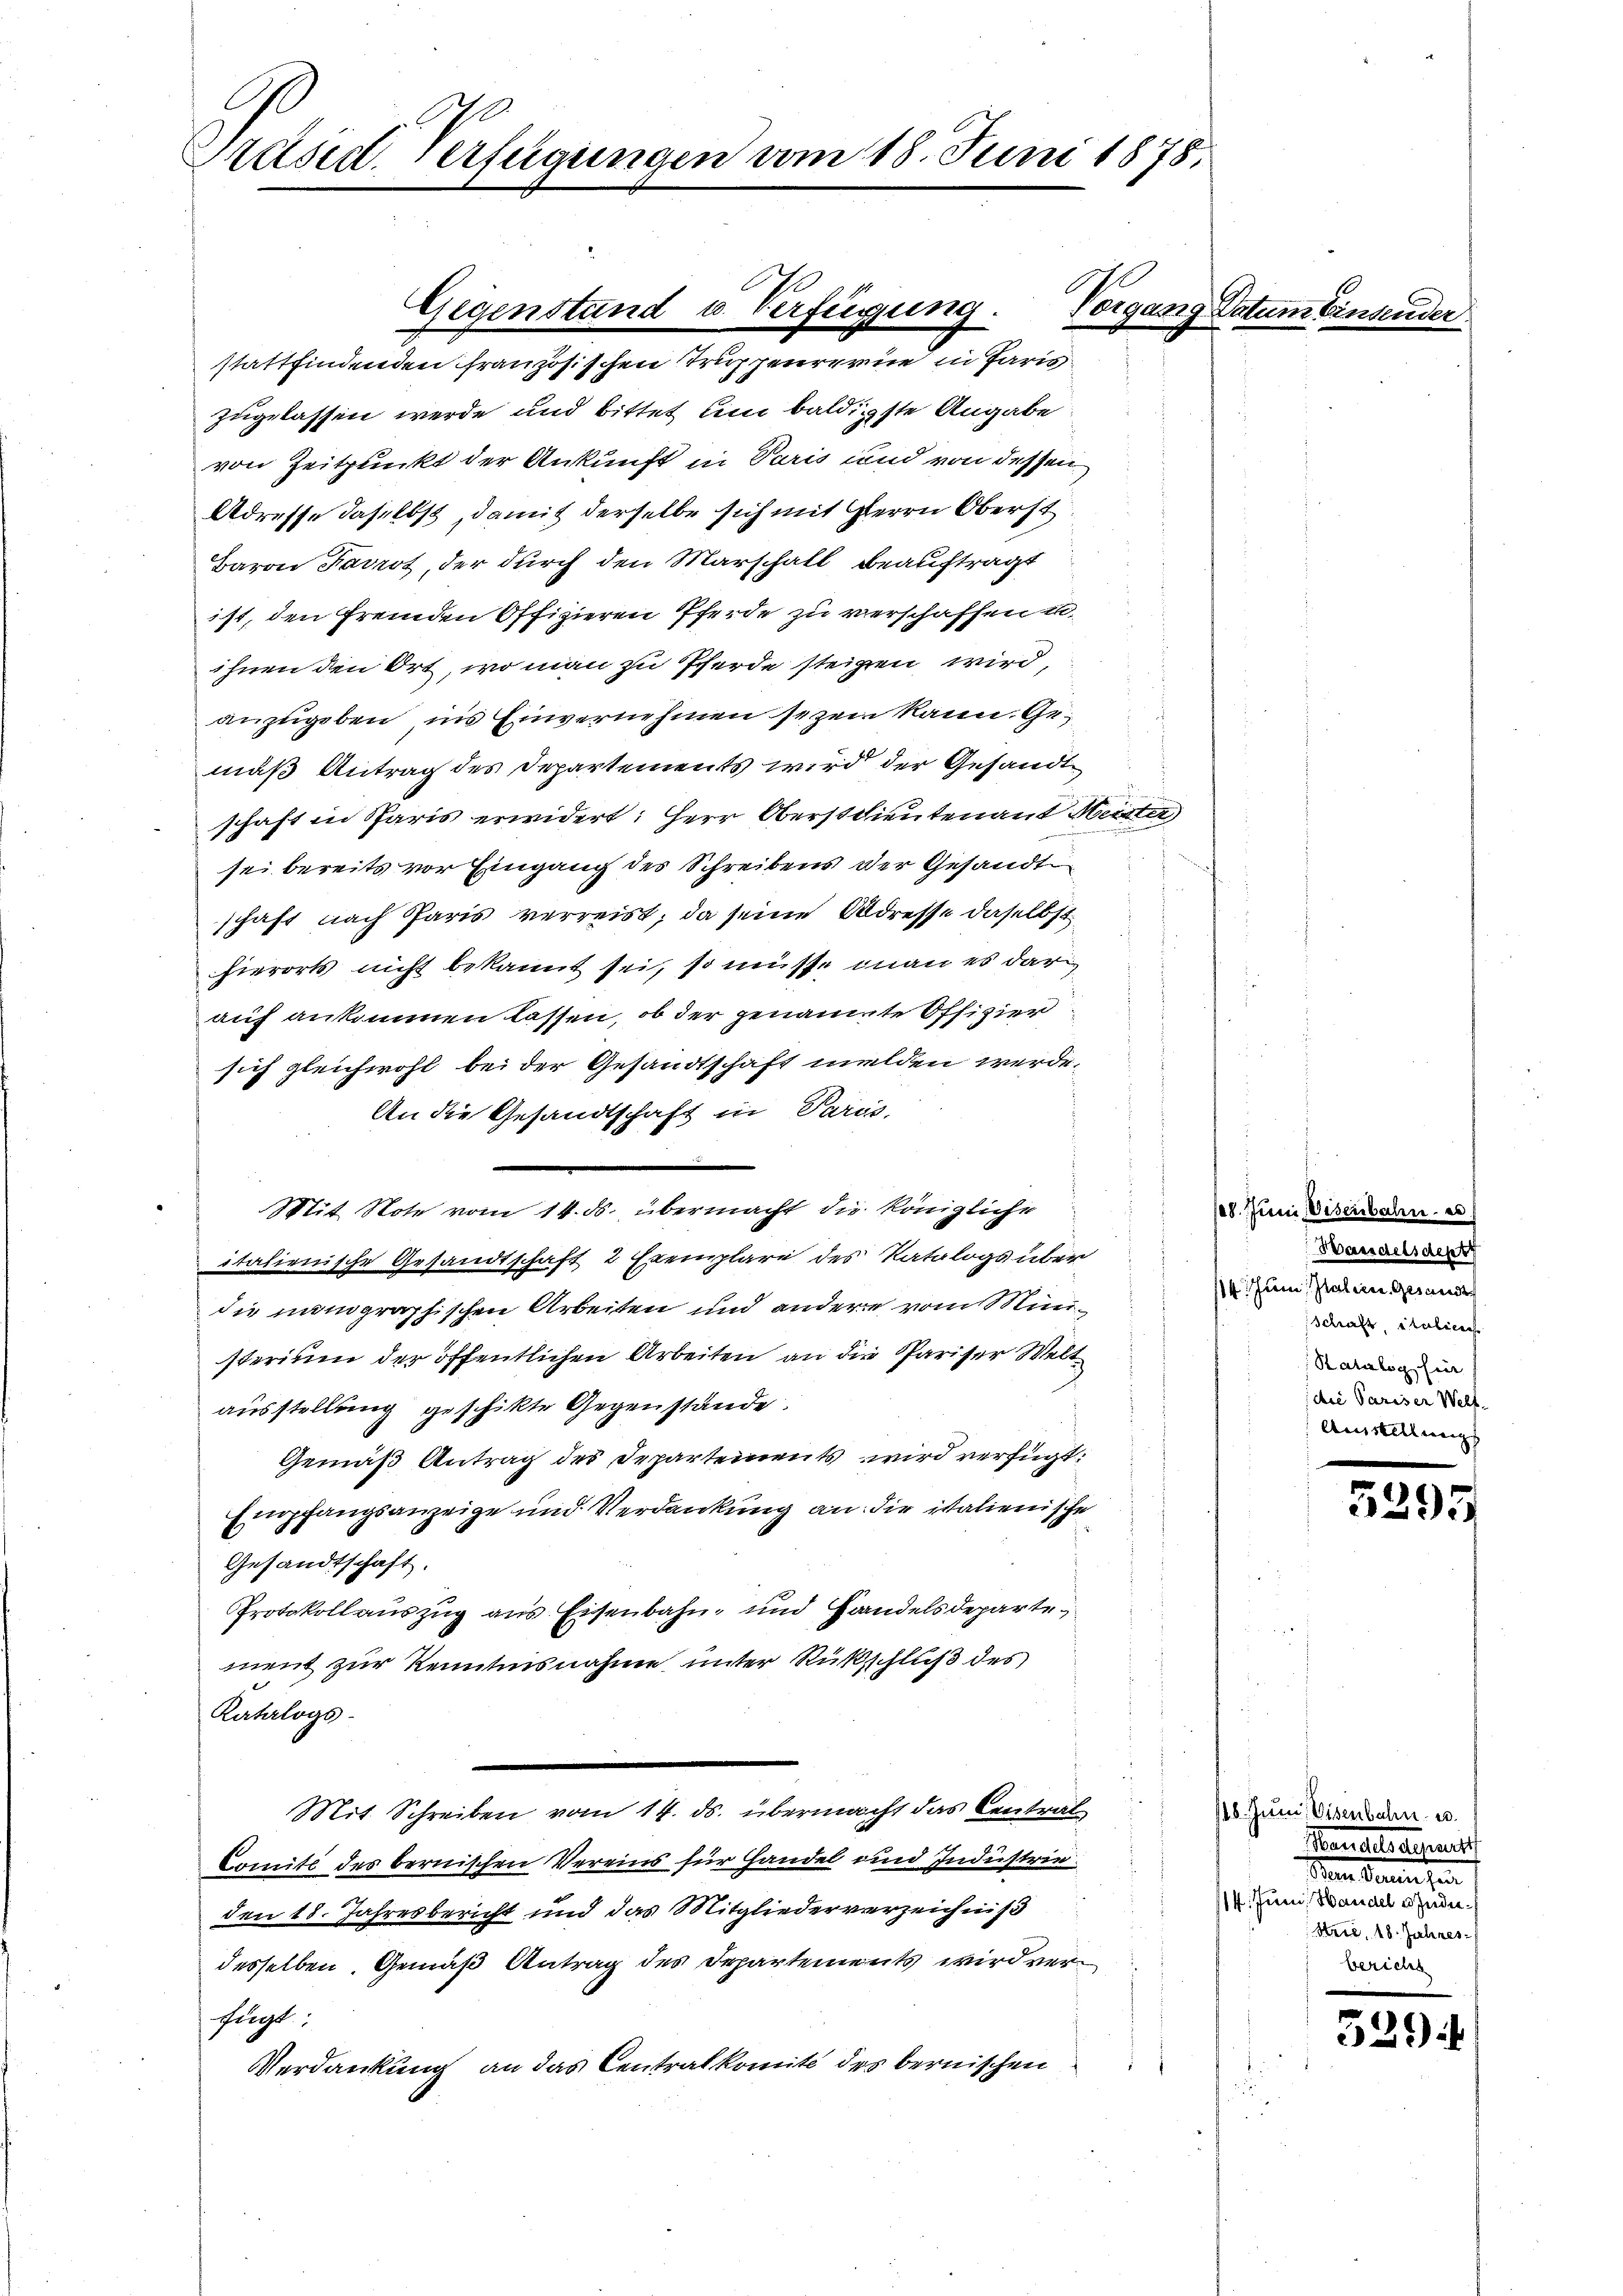
Präsid. Verfügungen vom 18. Juni 1878.

zugelassen werde und bittet um baldigste Angabe
von Zeitpunkt der Ankunft in Paris und von dessen
Adresse daselbst, damit derselbe sich mit Herrn Oberst
Baron Favrot, der durch den Marschall beauftragt
ist, den fremden Offizieren Pferde zu verschaffen u.
ihnen den Ort, wo man zu Pferde steigen wird,
anzugeben, ins Einvernehmen sezen kann. Gemäß Antrag des Departements wird der Gesandt
schaft in Paris erwidert: Herr Oberstlieutenant Meister
sei bereits vor Eingang des Schreibens der Gesandt
schaft nach Paris verreist, da seine Adresse daselbst
hierorts nicht bekannt sei, so müsse man es dar
auf ankommen lassen, ob der genannte Offizier
sich gleichwohl bei der Gesandtschaft melden werde.
An die Gesandtschaft in Paris,
Mit Note vom 14. ds. übermacht die königliche
italienische Gesandtschaft 2 Exemplare des Katalogs über
die meingraphischen Arbeiten und andere vom Ministerium der öffentlichen Arbeiten an die Pariser Weltausstellung geschikte Gegenstände.
Gemäß Antrag des Departements wird verfügt:
Empfangsanzeige und Verdankung an die italienische
Gesandtschaft.
Protokollauszug aus Eisenbahn- und Handelsdeparte,
ment zur Kenntnisnahme unter Rückschluß des
Katalogs
Mit Schreiben vom 14. ds. übermacht das Central
Comité des bernischen Vereins für Handel und Industrie
den 18. Jahresbericht und das Mitgliederverzeichnis
desselben. Gemäß Antrag des Departements wird verfügt:
Verdankung an das Centralkomite des bernischen

Gegenstand u. Verfügung.
stattfindenden französischen Trupheurerne in Paris

Vorgang Datum Einsender

18. Juni, Visenbahn es
Wandelsdept
14. Juni, Italien Gesandt
Schaft, italicies
Katalog für
die Pariser Welf.
Amstellungs

5295

118. Juni Visenbahn u.
Handelsrechnet
Man daraus en
14. Juni, Handel u. Indie
Strie, 18. Jahresbericht

529.